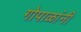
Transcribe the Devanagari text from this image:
गोपाळांनी